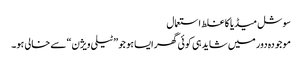
سوشل میڈیا کا غلط استعمال
موجودہ دور میں شاید ہی کوئی گھر ایسا ہو جو ”ٹیلی ویژن“ سے خالی ہو۔